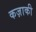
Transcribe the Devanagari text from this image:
कज़ाकी